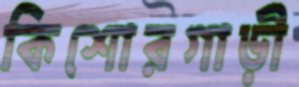
কিশোরগাড়ী